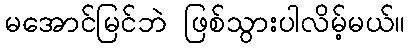
မအောင်မြင်ဘဲ ဖြစ်သွားပါလိမ့်မယ်။